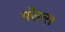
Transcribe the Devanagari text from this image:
परेल्स